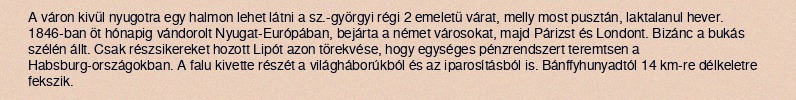
A váron kivül nyugotra egy halmon lehet látni a sz.-györgyi régi 2 emeletü várat, melly most pusztán, laktalanul hever. 1846-ban öt hónapig vándorolt Nyugat-Európában, bejárta a német városokat, majd Párizst és Londont. Bizánc a bukás szélén állt. Csak részsikereket hozott Lipót azon törekvése, hogy egységes pénzrendszert teremtsen a Habsburg-országokban. A falu kivette részét a világháborúkból és az iparosításból is. Bánffyhunyadtól 14 km-re délkeletre fekszik.